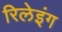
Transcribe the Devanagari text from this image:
रिलेइंग